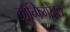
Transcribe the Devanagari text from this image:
कॉन्फिगरेबल